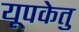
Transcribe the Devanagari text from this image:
यूपकेतु